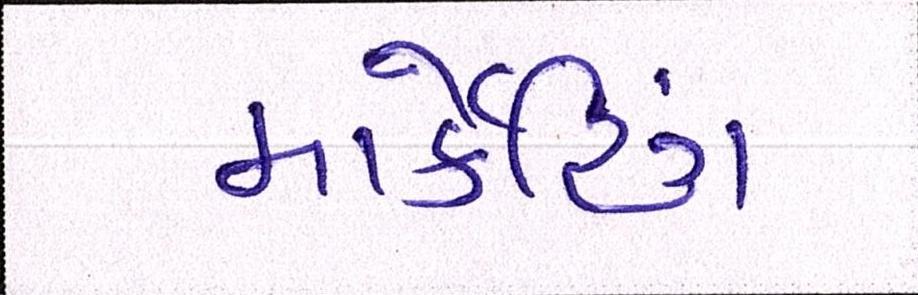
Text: માર્કેટિંગ